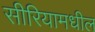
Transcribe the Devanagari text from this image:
सीरियामधील